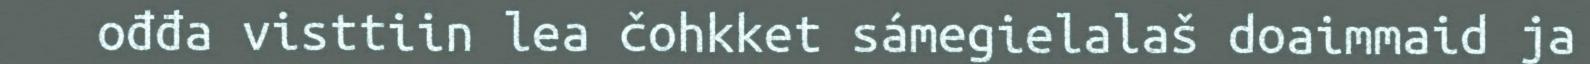
ođđa visttiin lea čohkket sámegielalaš doaimmaid ja